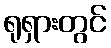
ရုရှားတွင်